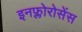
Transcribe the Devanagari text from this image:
इनफ्लोरोसेंस